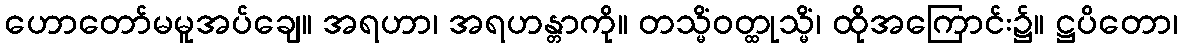
ဟောတော်မမူအပ်ချေ။ အရဟာ၊ အရဟန္တာကို။ တသ္မိံဝတ္ထုသ္မိံ၊ ထိုအကြောင်း၌။ ဋ္ဌပိတော၊